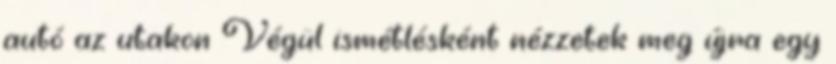
autó az utakon Végül ismétlésként nézzetek meg újra egy